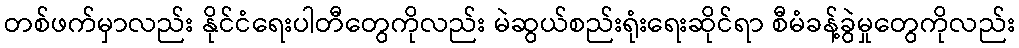
တစ်ဖက်မှာလည်း နိုင်ငံရေးပါတီတွေကိုလည်း မဲဆွယ်စည်းရုံးရေးဆိုင်ရာ စီမံခန့်ခွဲမှုတွေကိုလည်း